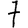
Digit: 7